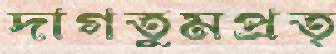
দাগতুমপ্রত্